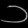
Digit: ၁